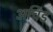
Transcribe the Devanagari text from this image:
अर्चिंड